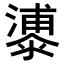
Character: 𣿀